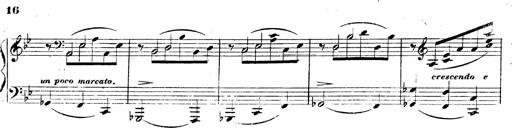
Title: 3 Caprices-Valses
Composer: Franz Liszt